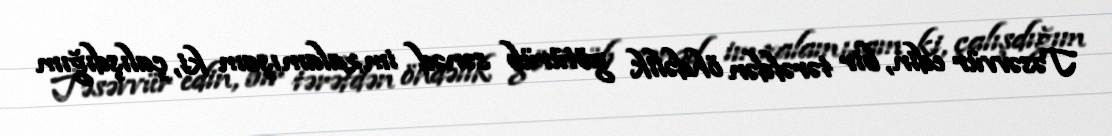
Təsəvvür edin, bir tərəfdən öhdəlik götürüb sənəd imzalamışam ki, çalışdığım